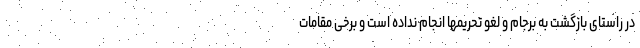
در راستای بازگشت به برجام و لغو تحریمها انجام نداده است و برخی مقامات